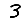
Digit: 3